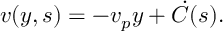
v ( y , s ) = - v _ { p } y + \dot { C } ( s ) .